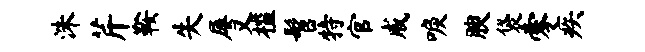
洙芹鞍失屡又槛髫特官戚唳腴袋零疾